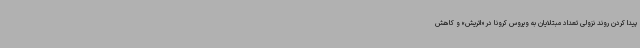
پیدا کردن روند نزولی تعداد مبتلایان به ویروس کرونا در «‌اتریش» و کاهش